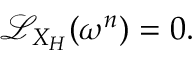
{ \mathcal { L } } _ { X _ { H } } ( \omega ^ { n } ) = 0 .